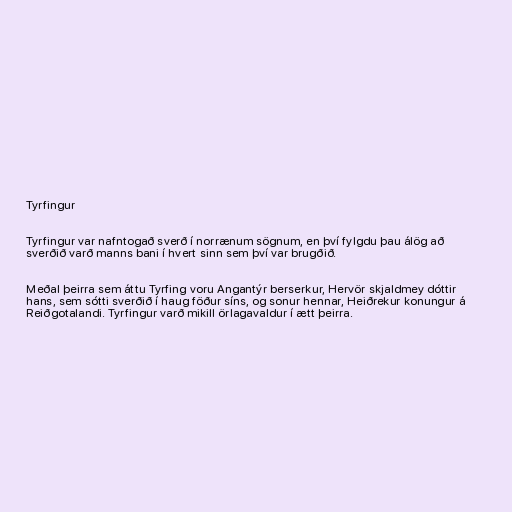
Tyrfingur

Tyrfingur var nafntogað sverð í norrænum sögnum, en því fylgdu þau álög að
sverðið varð manns bani í hvert sinn sem því var brugðið.

Meðal þeirra sem áttu Tyrfing voru Angantýr berserkur, Hervör skjaldmey dóttir
hans, sem sótti sverðið í haug föður síns, og sonur hennar, Heiðrekur konungur á
Reiðgotalandi. Tyrfingur varð mikill örlagavaldur í ætt þeirra.